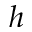
h